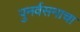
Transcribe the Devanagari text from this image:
पुनर्वसनाचा